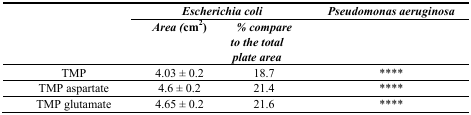
| <ROWSPAN=2>  | <COLSPAN=2> Escherichia coli | Pseudomonas aeruginosa |
 | Area (cm2) | % compare to the total plate area |  |
 | --- | --- | --- | --- |
 | TMP | 4.03 ± 0.2 | 18.7 | **** |
 | TMP aspartate | 4.6 ± 0.2 | 21.4 | **** |
 | TMP glutamate | 4.65 ± 0.2 | 21.6 | **** |